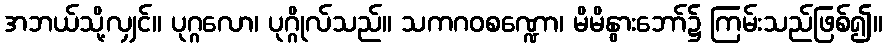
အဘယ်သို့လျှင်။ ပုဂ္ဂလော၊ ပုဂ္ဂိုလ်သည်။ သကဂဝစဏ္ဍော၊ မိမိနွားဘော်၌ ကြမ်းသည်ဖြစ်၍။